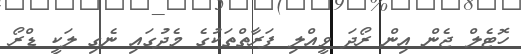
ހޮޓެލް ޖެން އިން ރޯދަ ވީއްލި ފަރާތްތަކުގެ މެދުގައި ނެގި ލަކީ ޑްރޯ